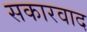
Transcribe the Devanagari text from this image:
सकारवाद